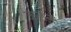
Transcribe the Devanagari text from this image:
जालन्स